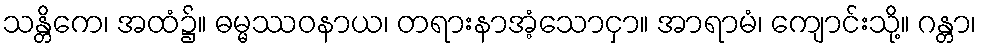
သန္တိကေ၊ အထံ၌။ ဓမ္မဿဝနာယ၊ တရားနာအံ့သောငှာ။ အာရာမံ၊ ကျောင်းသို့။ ဂန္တာ၊